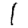
Digit: 1